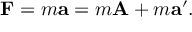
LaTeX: T ^ { \mu } { } _ { \nu } = T ^ { \mu \alpha } g _ { \alpha \nu } ,